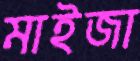
মাইজা